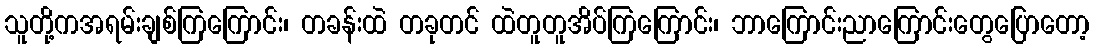
သူတို့ကအရမ်းချစ်ကြကြောင်း၊ တခန်းထဲ တခုတင် ထဲတူတူအိပ်ကြကြောင်း၊ ဘာကြောင်းညာကြောင်းတွေပြောတော့